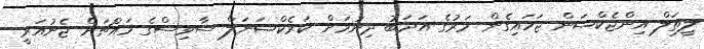
ލީތަލް އިންޖެކްޝަން ޖަހައިގެން މަރުގެ އަދަބު ދިނުމަށް ކަރެކްޝަނަލް ސާވިސްގެ މައްޗަށް ޖެނުއަރީ